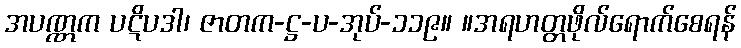
အပဏ္ဏက ပဋိပဒါ၊ ဇာတက-ဋ္ဌ-ပ-အုပ်-၁၁၉။ ။အရဟတ္တဖိုလ်ရောက်စေရန်